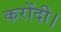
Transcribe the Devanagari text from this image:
करोंदी।